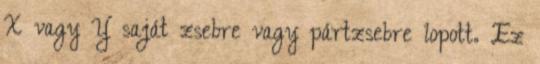
X vagy Y saját zsebre vagy pártzsebre lopott. Ez